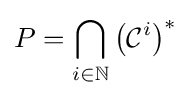
P=\bigcap _{i\in \mathbb {N} }\left({\mathcal {C}}^{i}\right)^{*}